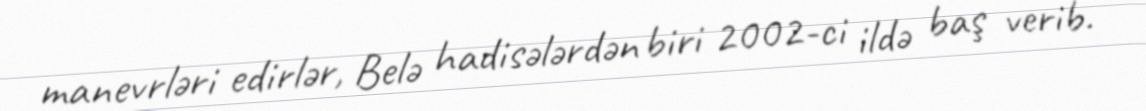
manevrləri edirlər, Belə hadisələrdən biri 2002-ci ildə baş verib.